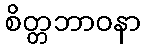
စိတ္တဘာဝနာ